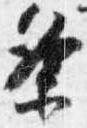
条